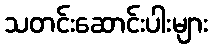
သတင်းဆောင်းပါးများ